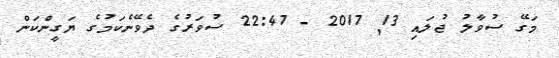
މަގޭ ސުވާލު ޖުލައި 13